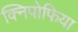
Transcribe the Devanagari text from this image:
क्निपोफिया